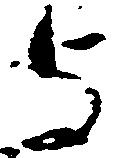
与